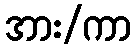
အား/ကာ